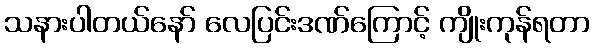
သနားပါတယ်နော် လေပြင်းဒဏ်ကြောင့် ကျိုးကုန်ရတာ